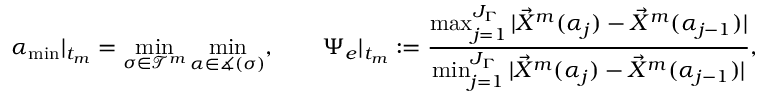
{ \alpha _ { \mathrm { m i n } } } | _ { t _ { m } } = \operatorname* { m i n } _ { \sigma \in \mathscr { T } ^ { m } } \operatorname* { m i n } _ { \alpha \in \measuredangle { ( \sigma ) } } , \qquad \Psi _ { e } | _ { t _ { m } } : = \frac { \operatorname* { m a x } _ { j = 1 } ^ { J _ { \Gamma } } | \vec { X } ^ { m } ( \alpha _ { j } ) - \vec { X } ^ { m } ( \alpha _ { j - 1 } ) | } { \operatorname* { m i n } _ { j = 1 } ^ { J _ { \Gamma } } | \vec { X } ^ { m } ( \alpha _ { j } ) - \vec { X } ^ { m } ( \alpha _ { j - 1 } ) | } , \qquad v _ { \Delta } | _ { t _ { m } } : = \frac { \operatorname { v o l } ( \vec { X } ^ { m } ) } { \operatorname { v o l } ( \vec { X } ^ { 0 } ) } - 1 ,